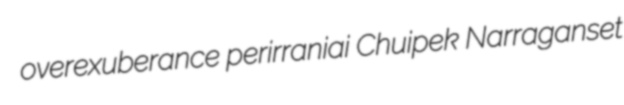
overexuberance perirraniai Chuipek Narraganset